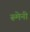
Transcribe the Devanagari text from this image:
रूमेनी